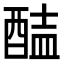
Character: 𨡝